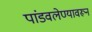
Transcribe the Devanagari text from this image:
पांडवलेण्यावरून